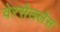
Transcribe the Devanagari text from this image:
वेरसैललेस